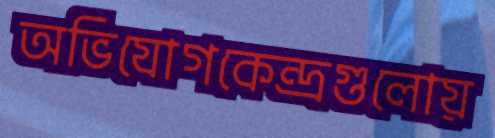
অভিযোগকেন্দ্রগুলোয়